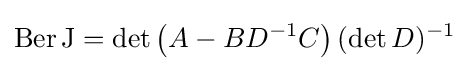
\operatorname {Ber} \mathrm {J} =\det \left(A-BD^{-1}C\right)(\det D)^{-1}